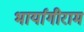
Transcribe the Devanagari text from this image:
भार्यागीराम